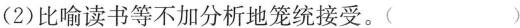
(2)比喻读书等不加分析地笼统接受。( )